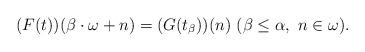
LaTeX: \begin{align*} (F(t))(\beta \cdot \omega + n) = (G(t_{\beta}))(n) \ (\beta \leq \alpha, \ n \in \omega). \end{align*}